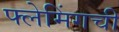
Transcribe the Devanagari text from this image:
फ्लेमिंगची